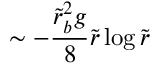
\sim - \frac { \tilde { r } _ { b } ^ { 2 } g } { 8 } \tilde { r } \log \tilde { r }